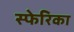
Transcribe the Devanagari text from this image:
स्फेरिका